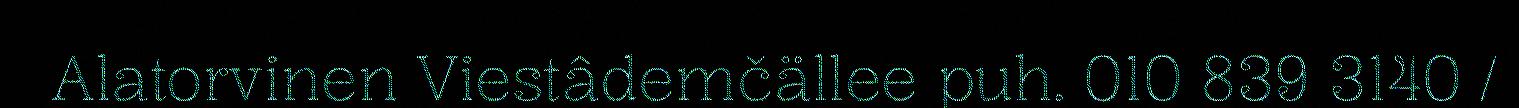
Alatorvinen Viestâdemčällee puh. 010 839 3140 /